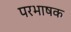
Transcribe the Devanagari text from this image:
परभाषक